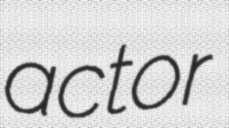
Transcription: actor